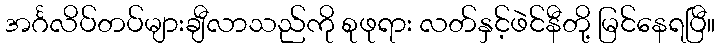
အင်္ဂလိပ်တပ်များချီလာသည်ကို စုဖုရား လတ်နှင့်ဖဲင်နီတို့ မြင်နေရပြီ။